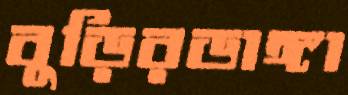
বুড়িরডাঙ্গা